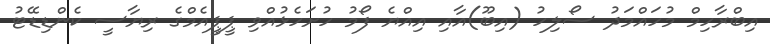
އިބްރާހިމް މުހައްމަދު ސޯލިހު (އިބޫ)އާއި އިއްޔެ ފޯމު ހުށަހެޅުއްވި ޕީޕީއެމްގެ ރިޔާސީ ކެންޑިޑޭޓު